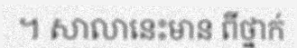
។ សាលានេះមាន ពីថ្នាក់